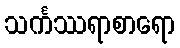
သင်္ကဿရာစာရော